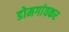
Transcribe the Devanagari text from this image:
डोमगांवकर